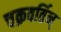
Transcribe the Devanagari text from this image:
चक्रवर्तिन्